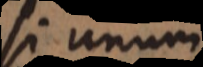
si unum